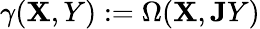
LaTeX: \gamma(\mathbf{X},Y):=\Omega(\mathbf{X},{\mathbf{J}}Y)